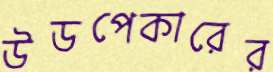
উডপেকারের